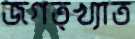
জগত্খ্যাত